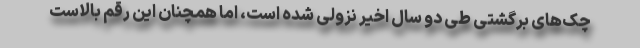
چک‌های برگشتی طی دو سال اخیر نزولی شده است، اما همچنان این رقم بالاست